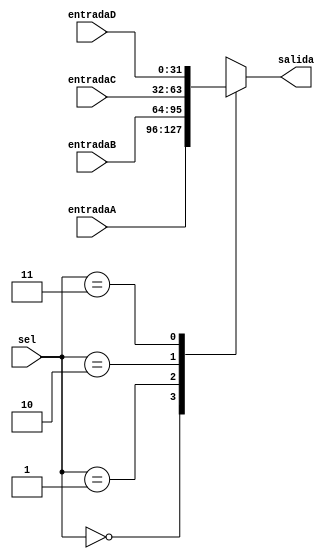
`timescale 1ns / 1ps
//////////////////////////////////////////////////////////////////////////////////
// Company: 
// Engineer: 
// 
// Design Name: 
// Module Name:    Mux32bits4entradas 
// Project Name: 
// Target Devices: 
// Tool versions: 
// Description: 
//
// Dependencies: 
//
// Revision: 
// Revision 0.01 - File Created
// Additional Comments: 
//
//////////////////////////////////////////////////////////////////////////////////
module Mux32bits4entradas(
    input [1:0] sel,
    input [31:0] entradaA,
    input [31:0] entradaB,
	 input [31:0] entradaC,
	 input [31:0] entradaD,
    output reg [31:0] salida
    );

	initial begin salida <= 32'b0; end
	
	always @ (*) begin
		case(sel)
			0:
				salida <= entradaA;
			1: 
				salida <= entradaB;
			2:
				salida <= entradaC;
			3:
				salida <= entradaD;
			default:
				salida <= entradaD;
		endcase
	end
	
endmodule